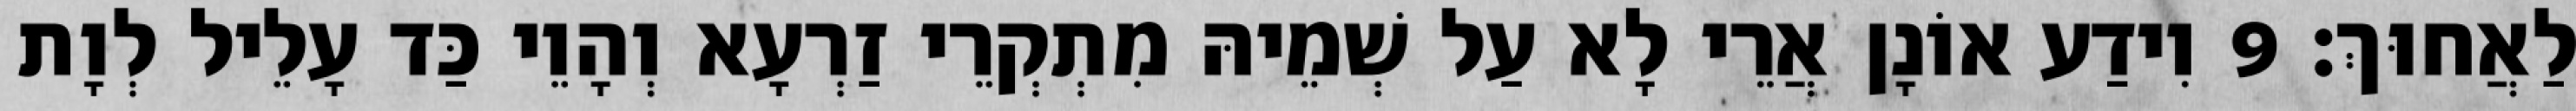
לַאֲחוּךְ׃ 9 וִידַע אוֹנָן אֲרֵי לָא עַל שְׁמֵיהּ מִתְקְרֵי זַרְעָא וְהָוֵי כַּד עָלֵיל לְוָת